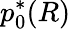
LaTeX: p_{0}^{*}(R)